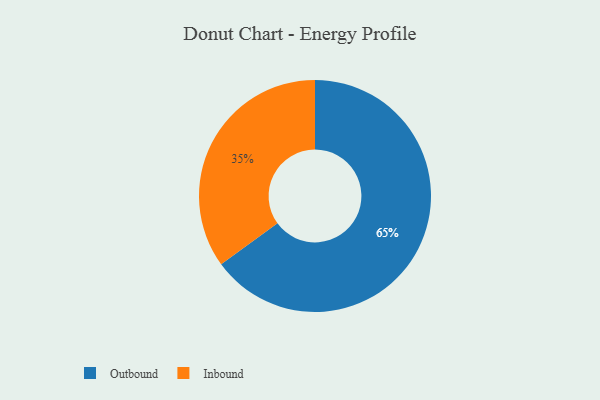
{"axis": {"x": "Category", "y": "Percentage"}, "legend": ["Inbound", "Outbound"], "data": [{"x": "Outbound", "y": 65, "type": "Outbound"}, {"x": "Inbound", "y": 35, "type": "Inbound"}]}